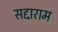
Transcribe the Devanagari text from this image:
सद्दाराम